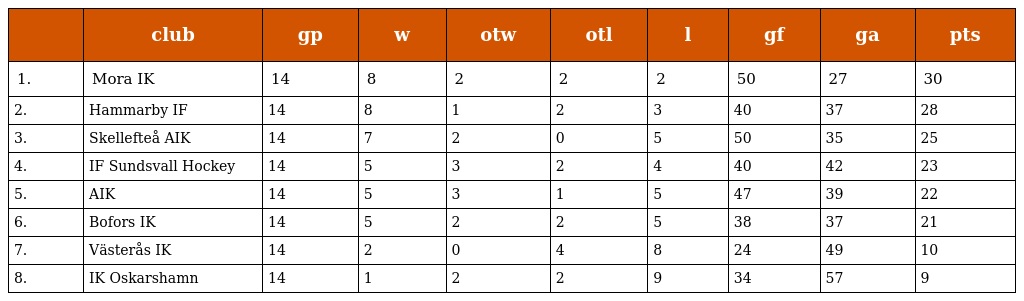
|  | club | gp | w | otw | otl | l | gf | ga | pts |
 | --- | --- | --- | --- | --- | --- | --- | --- | --- | --- |
 | 1. | Mora IK | 14 | 8 | 2 | 2 | 2 | 50 | 27 | 30 |
 | 2. | Hammarby IF | 14 | 8 | 1 | 2 | 3 | 40 | 37 | 28 |
 | 3. | Skellefteå AIK | 14 | 7 | 2 | 0 | 5 | 50 | 35 | 25 |
 | 4. | IF Sundsvall Hockey | 14 | 5 | 3 | 2 | 4 | 40 | 42 | 23 |
 | 5. | AIK | 14 | 5 | 3 | 1 | 5 | 47 | 39 | 22 |
 | 6. | Bofors IK | 14 | 5 | 2 | 2 | 5 | 38 | 37 | 21 |
 | 7. | Västerås IK | 14 | 2 | 0 | 4 | 8 | 24 | 49 | 10 |
 | 8. | IK Oskarshamn | 14 | 1 | 2 | 2 | 9 | 34 | 57 | 9 |